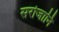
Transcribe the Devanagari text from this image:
सरोजानि